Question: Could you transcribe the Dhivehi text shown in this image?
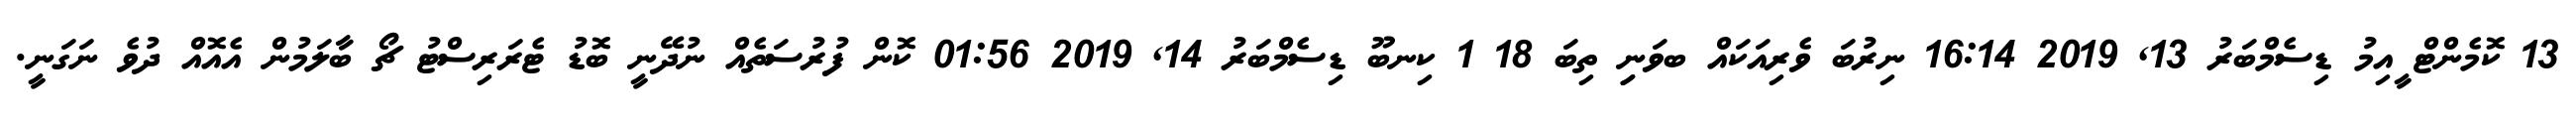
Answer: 13 ކޮމެންޓް ީއިމު ޑިސެމްބަރު 13, 2019 16:14 ނިރުބަ ވެރިއަކައް ބވަނިި ތިބަ 18 1 ކިނބޫ ޑިސެމްބަރު 14, 2019 01:56 ކޮން ފުރުސަތެއް ނުދޭނީ ބޮޑު ޓެރަރިސްޓު ޗޯ ބާލަމުން އެއޮއް ދުވެ ނަގަނީ.